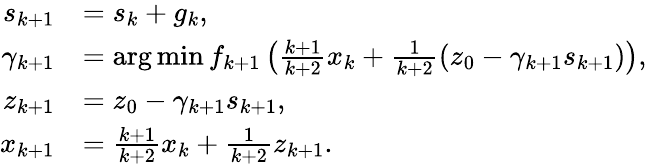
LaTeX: \begin{array}{rl}{s_{k+1}}&{=s_{k}+g_{k},}\\ {\gamma_{k+1}}&{=\arg\operatorname*{min}f_{k+1}\left(\frac{k+1}{k+2}x_{k}+\frac{1}{k+2}\left(z_{0}-\gamma_{k+1}s_{k+1}\right)\right),}\\ {z_{k+1}}&{=z_{0}-\gamma_{k+1}s_{k+1},}\\ {x_{k+1}}&{=\frac{k+1}{k+2}x_{k}+\frac{1}{k+2}z_{k+1}.}\end{array}